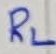
Text: RL